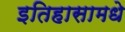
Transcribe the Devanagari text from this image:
इतिहासामधे